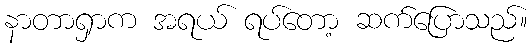
နာတာရှာက အရယ် ရပ်တော့ ဆက်ပြောသည်။